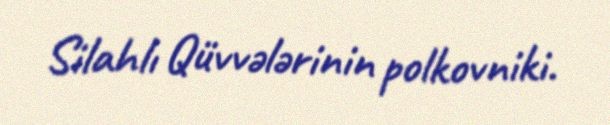
Silahlı Qüvvələrinin polkovniki.